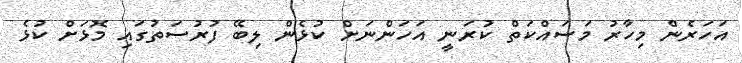
އަހަރެން މިހާރު މަސައްކަތް ކުރަނީ އަހަންނަށް ކުޅެން ލިބޭ ފުރުސަތުގައި މޮޅަށް ކުޅެ